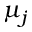
\mu _ { j }